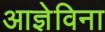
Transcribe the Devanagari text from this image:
आज्ञेविना